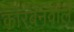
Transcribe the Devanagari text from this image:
कारबनवाले